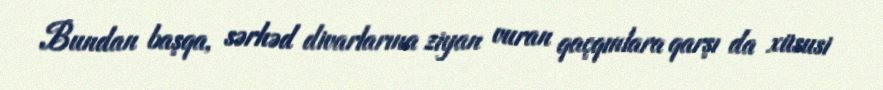
Bundan başqa, sərhəd divarlarına ziyan vuran qaçqınlara qarşı da xüsusi